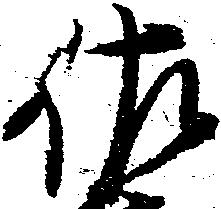
佐